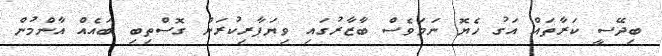
ބިދޭސީ ކަރާތައް އަގު ހެޔޮ ނަމަވެސް ބާޒާރުގައި ވިޔަފާރިކުރަން ގޮސްތިބި ބައެއް އާންމުން